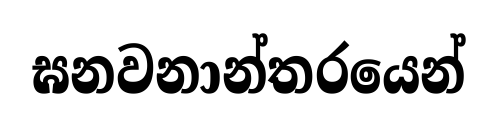
ඝනවනාන්තරයෙන්